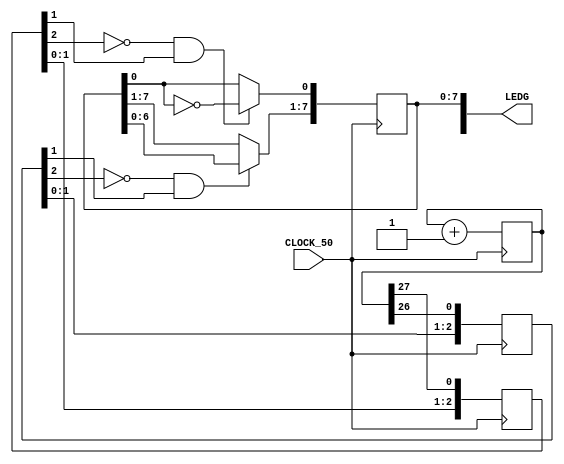
module counter (CLOCK_50,LEDG);
input CLOCK_50;
output reg [8:0] LEDG;

reg [2:0] key0_dly;
reg [2:0] key1_dly;
reg [27:0] counter_inc;

always @(negedge CLOCK_50)
begin 
	if (!key0_dly[2] && key0_dly[1])
		LEDG[0] <= ~LEDG[0];
		
	//key0_dly <= {key0_dly[1:0],KEY[0]};
	
	if (!key1_dly[2] && key1_dly[1])
		LEDG[7:1] <= LEDG[6:0];	
		
	key0_dly <= {key0_dly[1:0],counter_inc[27]};
	key1_dly <= {key1_dly[1:0],counter_inc[26]};
	
	counter_inc <= counter_inc +28'b1;
end

endmodule